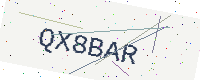
Text: QX8BAR